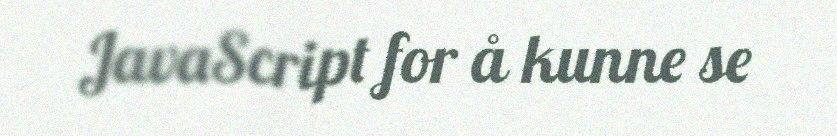
JavaScript for å kunne se